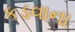
કડવાના